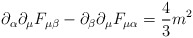
\begin{align*}\partial_\alpha \partial_\mu F_{\mu\beta} -\partial_\beta \partial_\mu F_{\mu\alpha} = {4\over 3} m^2\end{align*}